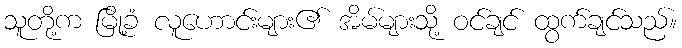
သူတို့က မြို့ခံ လူဟောင်းများ၏ အိမ်များသို့ ဝင်ချင် ထွက်ချင်သည်။